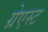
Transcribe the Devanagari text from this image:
ग्रेएस्ट